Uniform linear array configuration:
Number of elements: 24
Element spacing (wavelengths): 0.75
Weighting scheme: cosine
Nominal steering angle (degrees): -30
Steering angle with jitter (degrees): -29.949
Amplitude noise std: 0.05
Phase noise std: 0.05

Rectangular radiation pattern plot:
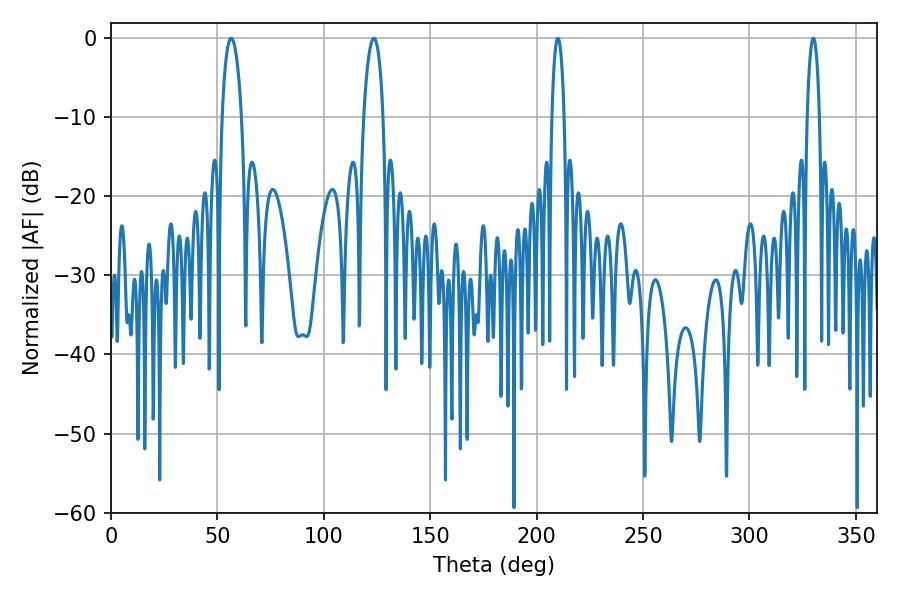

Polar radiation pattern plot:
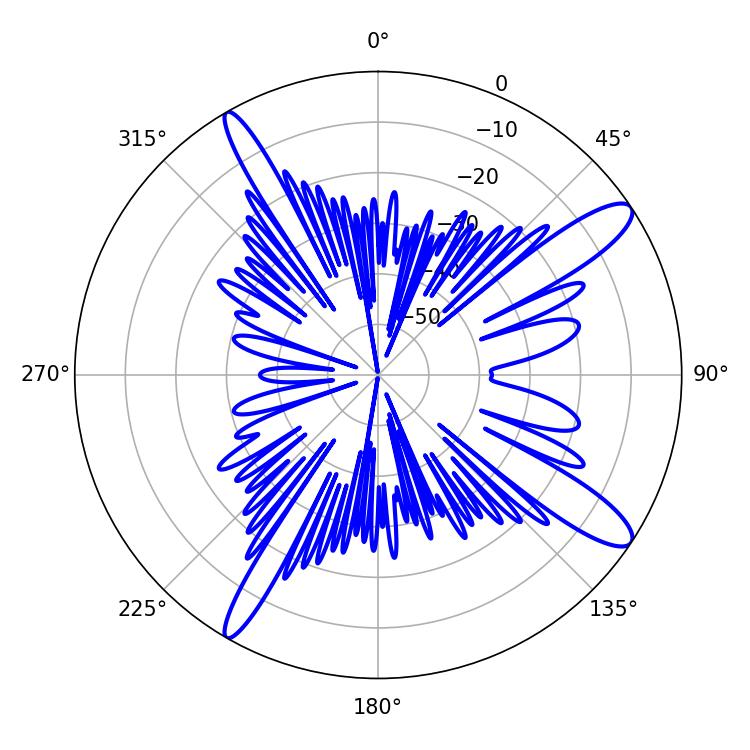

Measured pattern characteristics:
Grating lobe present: TRUE
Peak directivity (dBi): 12.837
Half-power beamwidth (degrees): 5.22
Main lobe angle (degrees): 56.52